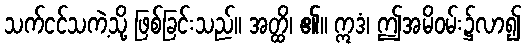
သက်ငင်သကဲ့သို့ ဖြစ်ခြင်းသည်။ အတ္ထိ၊ ၏။ ဣဒံ၊ ဤအမိဝမ်း၌လာ၍